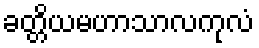
ခတ္တိယမဟာသာလကုလံ